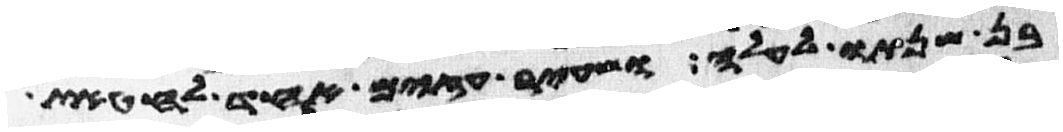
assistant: בן שנתו לעלה ושעיר עזים אחד לחטאת